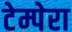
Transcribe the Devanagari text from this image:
टेम्पेरा